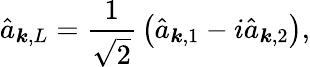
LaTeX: {\hat{a}}_{{\boldsymbol{k}},L}={\frac{1}{\sqrt{2}}}\left({\hat{a}}_{{\boldsymbol{k}},1}-i{\hat{a}}_{{\boldsymbol{k}},2}\right),